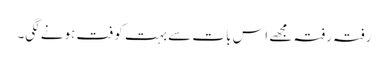
رفتہ رفتہ مجھے اس بات سے بہت کوفت ہونے لگی۔